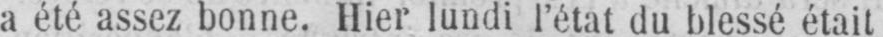
a été assez bonne. Hier lundi l’état du blessé était